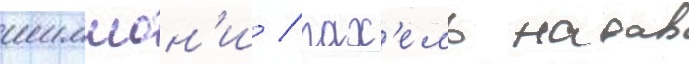
шимшон'и / рах'ель надав